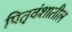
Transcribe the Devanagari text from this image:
पितृवंशातील